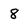
Character: 8